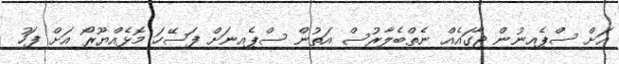
އަށް ސްޕެއިނުން ޖާގައެއް ނެތްބެލާރުސް އަތުން ސްޕެއިނަށް ފަސޭހަ މޮޅެއްޔޫރޯ އަށް ފަހު